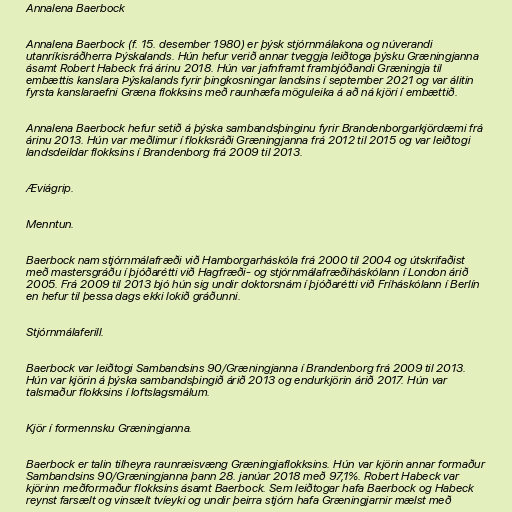
Annalena Baerbock

Annalena Baerbock (f. 15. desember 1980) er þýsk stjórnmálakona og núverandi
utanríkisráðherra Þýskalands. Hún hefur verið annar tveggja leiðtoga þýsku Græningjanna
ásamt Robert Habeck frá árinu 2018. Hún var jafnframt frambjóðandi Græningja til
embættis kanslara Þýskalands fyrir þingkosningar landsins í september 2021 og var álitin
fyrsta kanslaraefni Græna flokksins með raunhæfa möguleika á að ná kjöri í embættið.

Annalena Baerbock hefur setið á þýska sambandsþinginu fyrir Brandenborgarkjördæmi frá
árinu 2013. Hún var meðlimur í flokksráði Græningjanna frá 2012 til 2015 og var leiðtogi
landsdeildar flokksins í Brandenborg frá 2009 til 2013.

Æviágrip.

Menntun.

Baerbock nam stjórnmálafræði við Hamborgarháskóla frá 2000 til 2004 og útskrifaðist
með mastersgráðu í þjóðarétti við Hagfræði- og stjórnmálafræðiháskólann í London árið
2005. Frá 2009 til 2013 bjó hún sig undir doktorsnám í þjóðarétti við Fríháskólann í Berlín
en hefur til þessa dags ekki lokið gráðunni.

Stjórnmálaferill.

Baerbock var leiðtogi Sambandsins 90/Græningjanna í Brandenborg frá 2009 til 2013.
Hún var kjörin á þýska sambandsþingið árið 2013 og endurkjörin árið 2017. Hún var
talsmaður flokksins í loftslagsmálum.

Kjör í formennsku Græningjanna.

Baerbock er talin tilheyra raunræisvæng Græningjaflokksins. Hún var kjörin annar formaður
Sambandsins 90/Græningjanna þann 28. janúar 2018 með 97,1%. Robert Habeck var
kjörinn meðformaður flokksins ásamt Baerbock. Sem leiðtogar hafa Baerbock og Habeck
reynst farsælt og vinsælt tvíeyki og undir þeirra stjórn hafa Græningjarnir mælst með